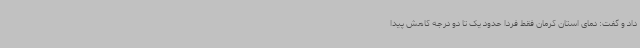
داد و گفت: دمای استان کرمان فقط فردا حدود یک تا دو درجه کاهش پیدا